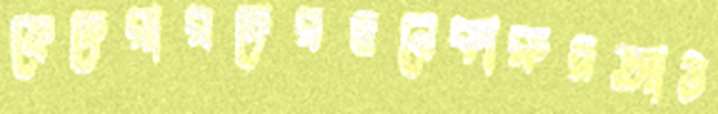
ফেদেরারদেরওনেকারুদ্রআউ